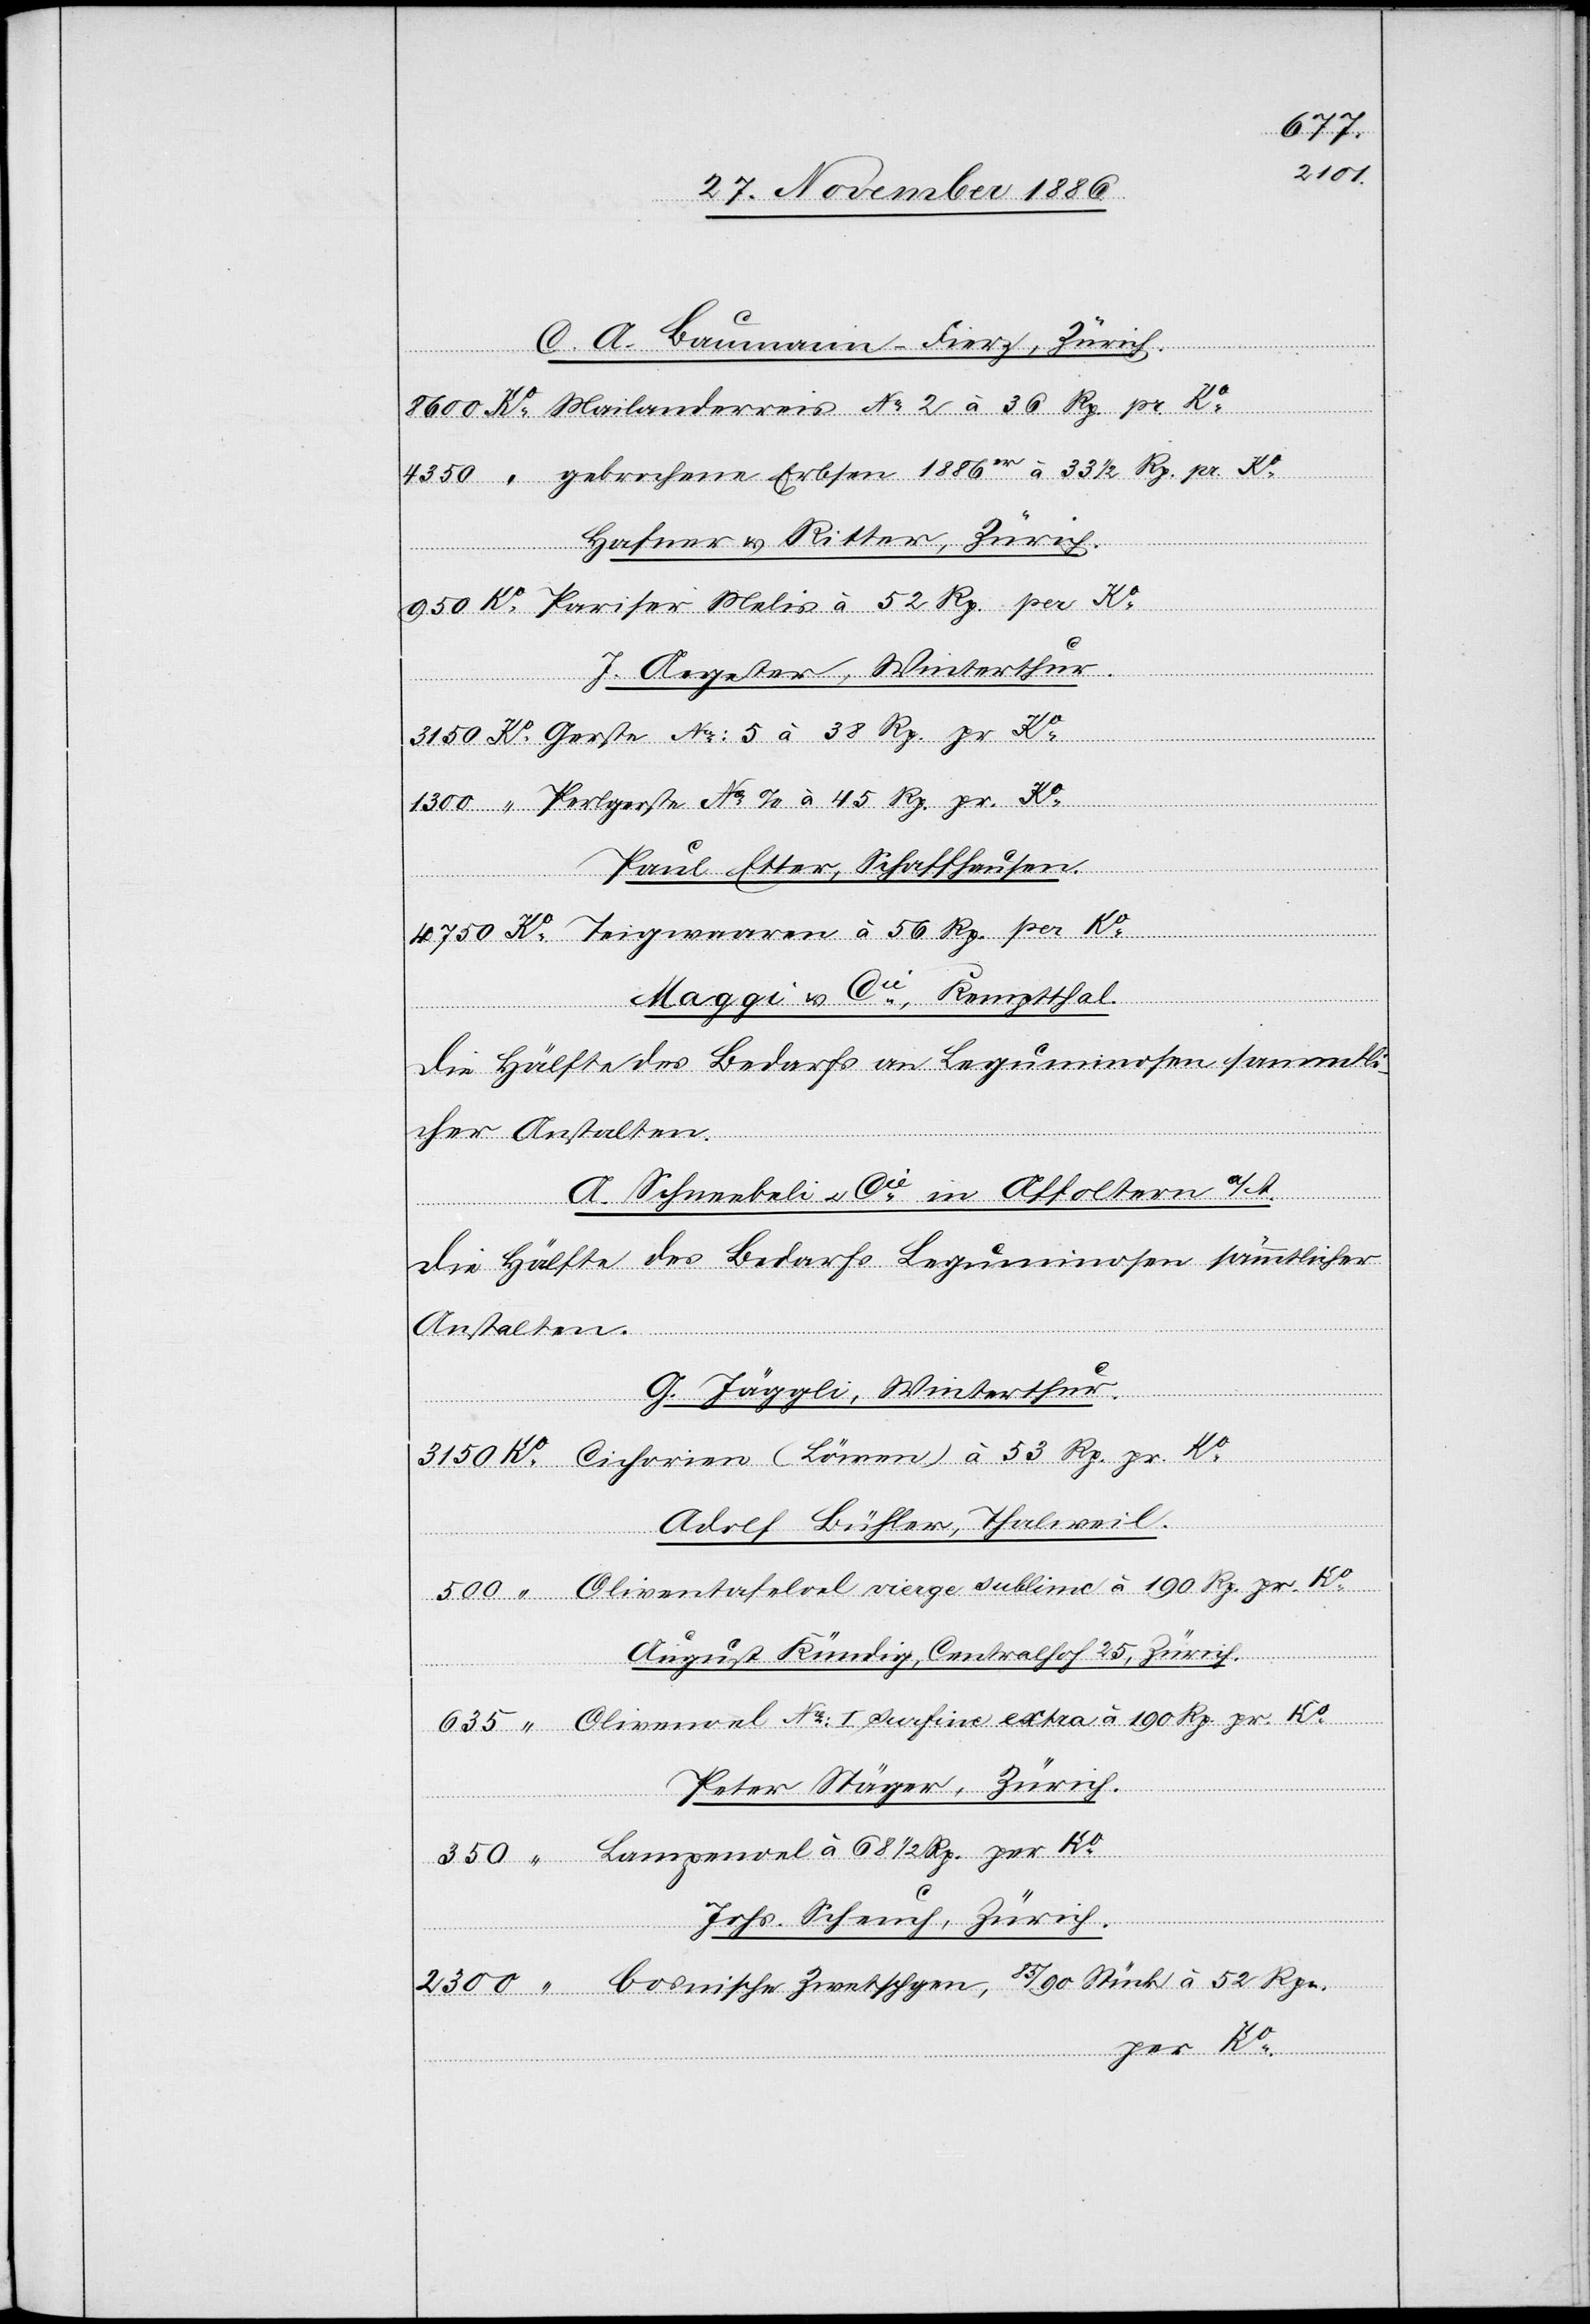
68 1/2
3150
C. A. Baumann-Fierz, Zürich.
Hafner & Ritter, Zürich.
J. Aegeter, Winterthur.
Paul Etter, Schaffhausen.
Maggi & Cie, Kemptthal.
Die Hälfte des Bedarfs an Leguminosen sammtli¬
A. Schneebeli & Cie in Affoltern a/A.
Die Hälfte des Bedarfs Leguminosen sämmtlicher
Anstalten.
Lam¬
G. Jäggli, Winterthur.
hgen,
Adolf Bühler, Thalweil.
August Kündig, Centralhof 25, Zürich.
Ko
Peter Stäger, Zürich.
Ko
Johs. Scheuch, Zürich.
pr.